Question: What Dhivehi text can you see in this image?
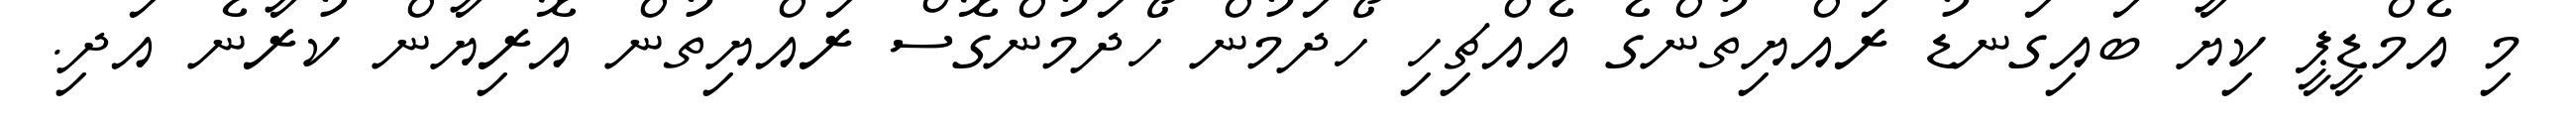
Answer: މި އެމްޑީޕީ ކިޔާ ބައިގަނޑު ރައްޔިތުންގެ އެއްޗިހި ހޯދަމުން ހޯދަމުންގޮސް ރައްޔިތުން އޮރިޔާން ކުރާނެ އަދި.